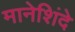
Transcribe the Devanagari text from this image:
मानेशिंदे